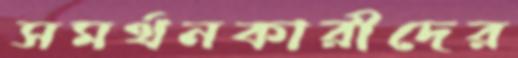
সমর্থনকারীদের